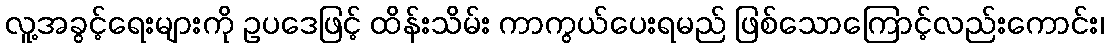
လူ့အခွင့်ရေးများကို ဥပဒေဖြင့် ထိန်းသိမ်း ကာကွယ်ပေးရမည် ဖြစ်သောကြောင့်လည်းကောင်း၊